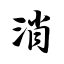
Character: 消